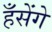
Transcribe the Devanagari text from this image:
हँसेंगे